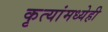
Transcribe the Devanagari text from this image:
कृत्यांमध्येही